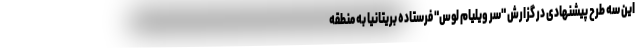
این سه طرح پیشنهادی در گزارش "سر ویلیام لوس" فرستاده بریتانیا به منطقه